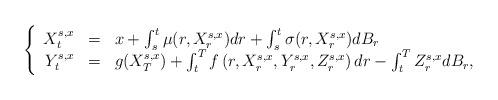
LaTeX: \begin{align*}\left\{\begin{array}{rcl}X^{s,x}_t &=& x+ \int_s^t \mu(r,X^{s,x}_r)dr +\int_s^t \sigma(r,X^{s,x}_r)dB_r\\Y^{s,x}_t &=& g(X^{s,x}_T) + \int_t^T f\left(r,X^{s,x}_r,Y^{s,x}_r,Z^{s,x}_r\right)dr -\int_t^T Z^{s,x}_rdB_r,\end{array}\right.\end{align*}